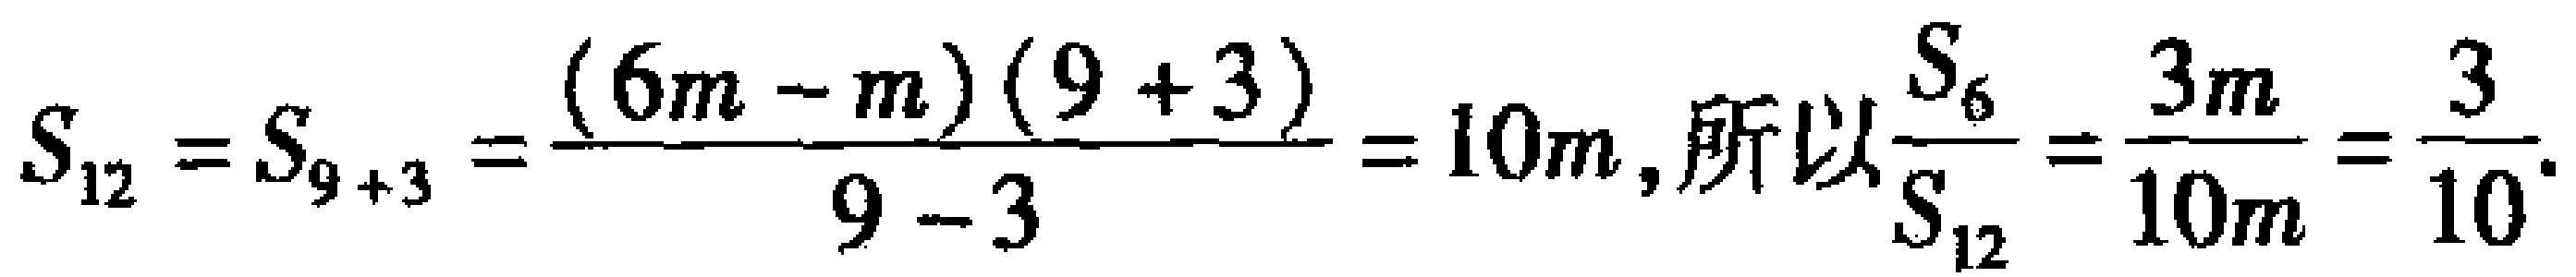
\[S_{12}=S_{9 + 3}=\frac{(6m - m)(9 + 3)}{9 - 3}=10m,\text{所以}\frac{S_{6}}{S_{12}}=\frac{3m}{10m}=\frac{3}{10}.\]